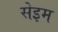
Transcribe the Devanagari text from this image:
सेइम